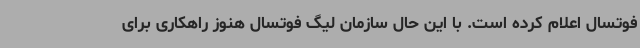
فوتسال اعلام کرده است. با این حال سازمان لیگ فوتسال هنوز راهکاری برای